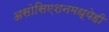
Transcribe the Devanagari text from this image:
असोसिएशनमध्येही